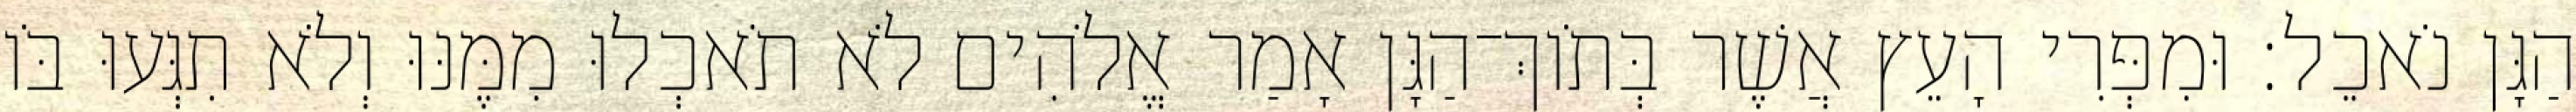
הַגָּן נֹאכֵל׃ וּמִפְּרִי הָעֵץ אֲשֶׁר בְּתֹוךְ־הַגָּן אָמַר אֱלֹהִים לֹא תֹאכְלוּ מִמֶּנּוּ וְלֹא תִגְּעוּ בֹּו